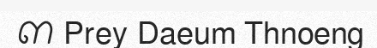
៣ Prey Daeum Thnoeng